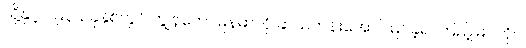
သို့နှင့် ၁၉၃၉ ခုနှစ်တွင် ကျွန်တော်မြန်မာလို ဆယ်တန်းအောင်မြင်ခဲ့၍ ကြည့်မြင်တိုင်